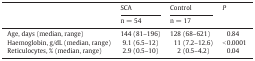
<table><thead><tr><td></td><td><b>SCA</b></td><td><b>Control</b></td><td><b><i>P</i></b></td></tr><tr><td><b>n = 54</b></td><td><b>n = 17</b></td></tr></thead><tbody><tr><td>Age, days (median, range)</td><td>144 (81–196)</td><td>128 (68–621)</td><td>0.84</td></tr><tr><td>Haemoglobin, g/dL (median, range)</td><td>9.1 (6.5–12)</td><td>11 (7.2–12.6)</td><td>&lt; 0.0001</td></tr><tr><td>Reticulocytes, % (median, range)</td><td>2.9 (0.5–10)</td><td>2 (0.5–4.2)</td><td>0.04</td></tr></tbody></table>